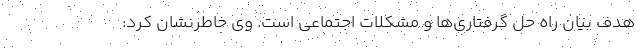
هدف بیان راه حل گرفتاری‌ها و مشکلات اجتماعی است. وی خاطرنشان کرد: